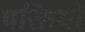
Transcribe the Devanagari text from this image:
षक्तियों